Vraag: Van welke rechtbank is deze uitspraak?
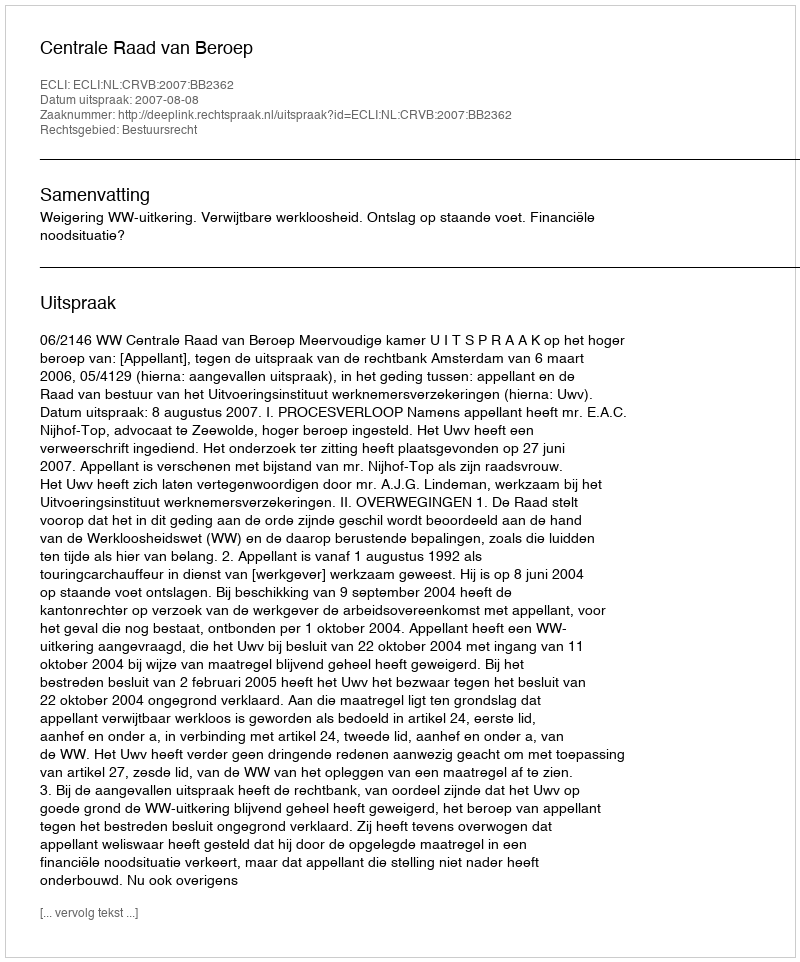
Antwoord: Centrale Raad van Beroep